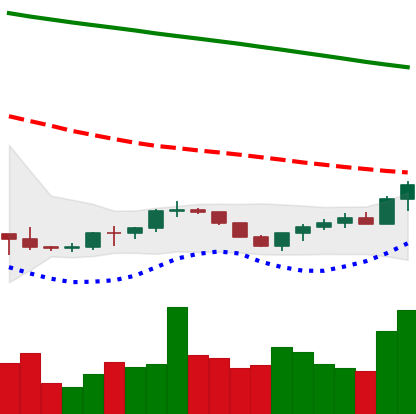
Ticker: BTC-USD
Chart end date: 2022-07-19
Forward return: -3.336%
Label: down_3_5